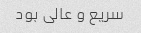
سریع و عالی بود